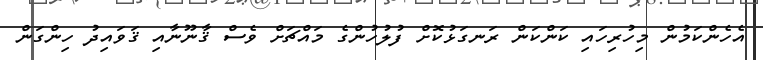
އެހެންކަމުން މިހުރިހައި ކަންކަން ރަނގަޅުކޮށް ފުލުހުންގެ މައްޗަށް ވެސް ޤާނޫނާއި ޤަވައިދު ހިންގަން